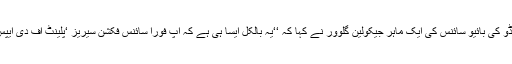
یونیورسٹی آف کولوراڈو کی بائیو سائنس کی ایک ماہر جیکولین گلوور نے کہا کہ ‘‘یہ بالکل ایسا ہی ہے کہ آپ فوراً سائنس فکشن سیریز ‘پلینٹ آف دی ایپس’ میں چلے گئے ہیں۔